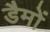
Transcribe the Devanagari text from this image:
डैमों